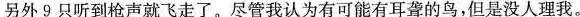
另外9只听到枪声就飞走了。尽管我认为有可能有耳聋的鸟，但是没人理我。